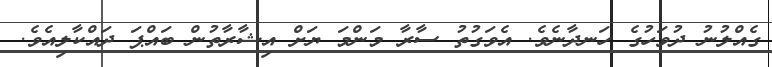
ގެއްލުނު ދުވަހުގެ ހަނދާނެވެ. އެވަގުތު ސާރާ މަންމަ ޔަށް އިޝާރާތުން ބައްޕަ ދައްކާލިއެވެ.